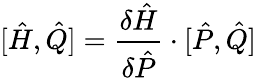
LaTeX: [{\hat{H}},{\hat{Q}}]={\frac{\delta{\hat{H}}}{\delta{\hat{P}}}}\cdot[{\hat{P}},{\hat{Q}}]